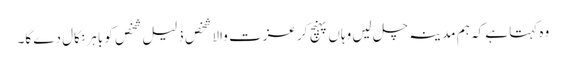
وہ کہتا ہے کہ ہم مدینہ چل لیں وہاں پہنچ کر عزت والا شخص ذلیل شخص کو باہر نکال دے گا۔